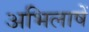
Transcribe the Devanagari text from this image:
अभिलाषें